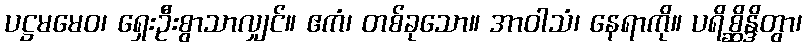
ပဋ္ဌမမေဝ၊ ရှေးဦးစွာသာလျှင်။ ဧကံ၊ တစ်ခုသော။ အာဝါသံ၊ နေရာကို။ ပရိစ္ဆိန္ဒိတွာ၊